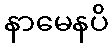
နာမေနပိ